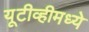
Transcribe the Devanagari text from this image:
यूटीव्हीमध्ये